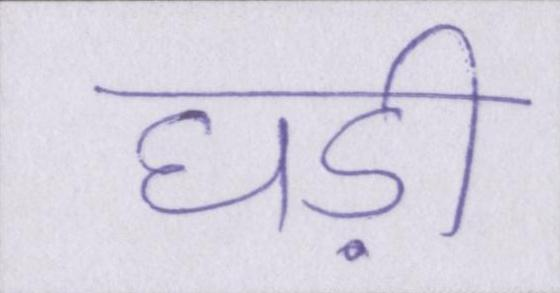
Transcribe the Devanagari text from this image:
घड़ी